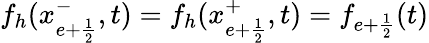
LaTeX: f_{h}(x_{e+\frac{1}{2}}^{-},t)=f_{h}(x_{e+\frac{1}{2}}^{+},t)=f_{e+\frac{1}{2}}(t)